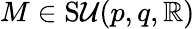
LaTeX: M\in\operatorname{S\mathcal{U}}(p,q,\mathbb{{R}})